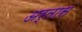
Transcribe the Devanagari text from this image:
अर्तास